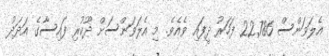
އެލަވަންސް 22